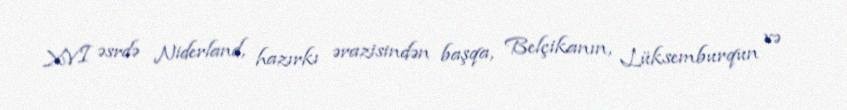
XVI əsrdə Niderland, hazırkı ərazisindən başqa, Belçikanın, Lüksemburqun və